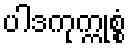
ပါဒကုက္ကုစ္စံ